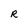
Character: R